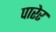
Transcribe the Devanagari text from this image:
पारेर